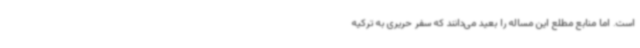
است. اما منابع مطلع این مساله را بعید می‌دانند که سفر حریری به ترکیه